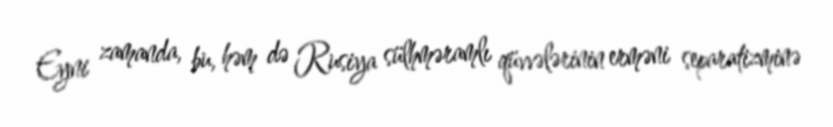
Eyni zamanda, bu, həm də Rusiya sülhməramlı qüvvələrinin erməni separatizminə